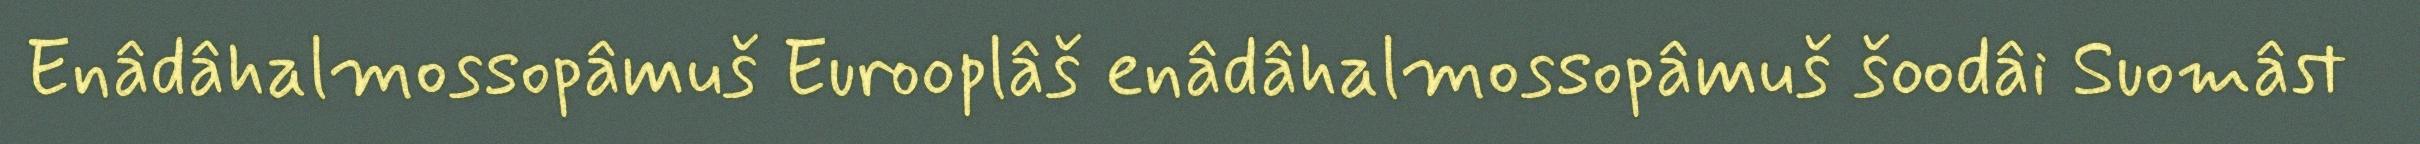
Enâdâhalmossopâmuš Eurooplâš enâdâhalmossopâmuš šoodâi Suomâst